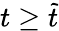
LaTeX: t\geq\widetilde t